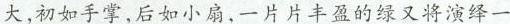
大,初如手掌,后如小扇,一片片丰盈的绿又将演绎一